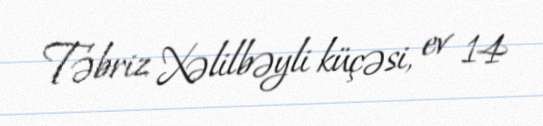
Təbriz Xəlilbəyli küçəsi, ev 14